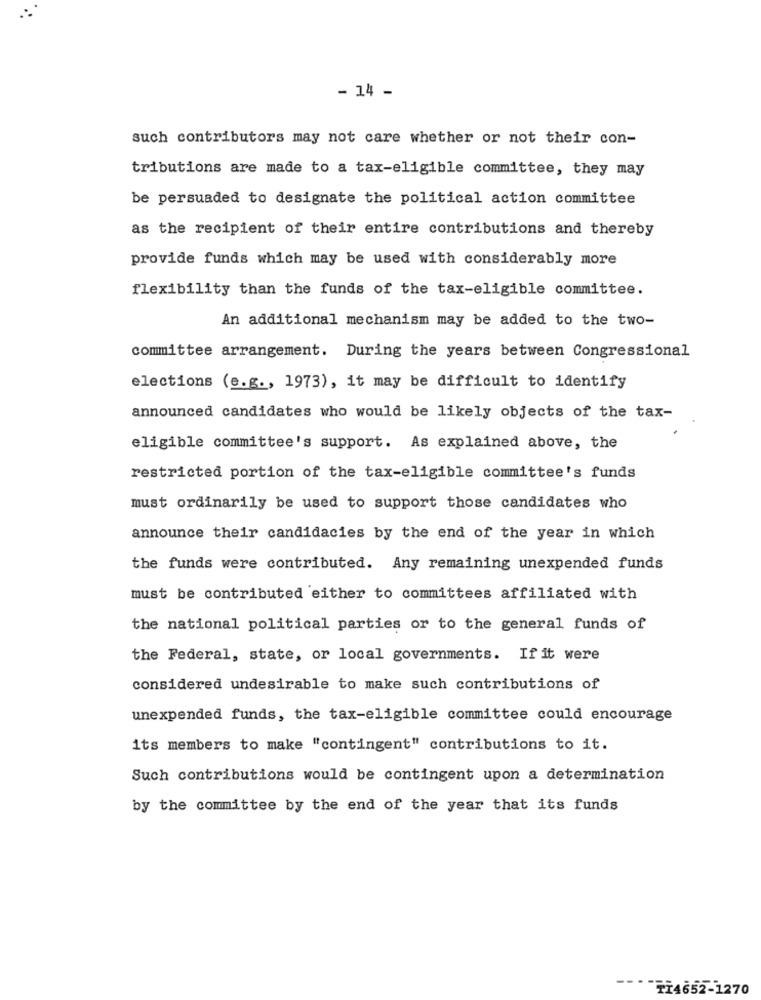
- 14 -
such contributors may not care whether or not their con-
tributions are made to a tax-eligible committee, they may
be persuaded to designate the political action committee
as the recipient of their entire contributions and thereby
provide funds which may be used with considerably more
flexibility than the funds of the tax-eligible committee.
An additional mechanism may be added to the two-
committee arrangement. During the years between Congressional
elections (e.g ., 1973), it may be difficult to identify
announced candidates who would be likely objects of the tax-
eligible committee's support. As explained above, the
restricted portion of the tax-eligible committee's funds
must ordinarily be used to support those candidates who
announce their candidacies by the end of the year in which
the funds were contributed. Any remaining unexpended funds
must be contributed either to committees affiliated with
the national political parties or to the general funds of
the Federal, state, or local governments. If it were
considered undesirable to make such contributions of
unexpended funds, the tax-eligible committee could encourage
its members to make "contingent" contributions to it.
Such contributions would be contingent upon a determination
by the committee by the end of the year that its funds
TI4652-1270